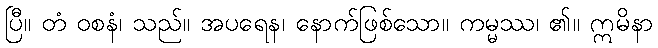
ပြီ။ တံ ဝစနံ၊ သည်။ အပရေန၊ နောက်ဖြစ်သော။ ကမ္မဿ၊ ၏။ ဣမိနာ